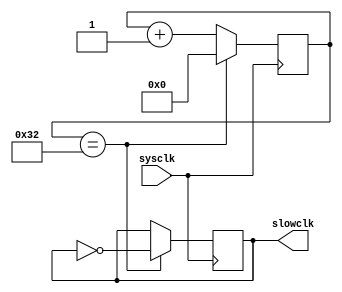
module clk_divider( sysclk, slowclk );
   input 	sysclk; 	// Original Timer Clock in 100MHz

   output 	slowclk;	// Slow Clock set to 1MHz, divide by 100 times

   reg [6:0] 	counter; // 'D50 = 6'b110010
   reg		slowclock;

   initial begin
      counter = 0;
      slowclock = 1;
   end
   
   always @ (posedge sysclk) begin
		if(counter == 'D50) begin
			counter <= 0;
			slowclock <= ~slowclock;
		end else begin
			counter <= counter + 1;
		end
   end

   assign slowclk = slowclock;

endmodule